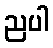
ညပါ